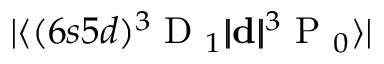
| \langle ( 6 s 5 d ) \ensuremath { { ^ 3 \mathrm { ~ D ~ } _ { 1 } } } | \! | \mathbf { d } | \! | \ensuremath { { ^ 3 \mathrm { ~ P ~ } _ { 0 } } } \rangle |